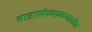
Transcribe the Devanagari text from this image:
मात्रासंख्याकजातीत